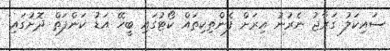
ސައިކަލު ގަރާޖު ނެރުނު އިރަށް ފެންތިކިތައް ކޯޓުގައި ބީހޭ އަޑު ކަންފަތް ދޮށުގައި